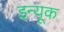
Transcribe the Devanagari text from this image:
इन्यूक